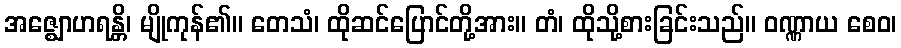
အဇ္ဈောဟရန္တိ၊ မျိုကုန်၏။ တေသံ၊ ထိုဆင်ပြောင်တို့အား။ တံ၊ ထိုသို့စားခြင်းသည်။ ဝဏ္ဏာယ စေဝ၊